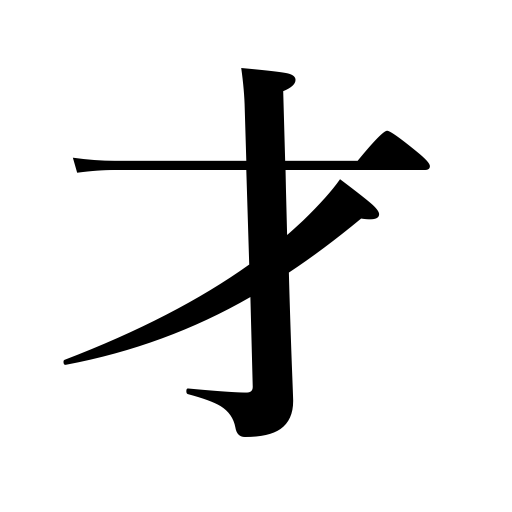
Meanings: cubic foot,ability,limit,talent,acumen,age,time,intelligence,wit,occasion,year,vicinity,aptitude,genius,opportunity